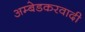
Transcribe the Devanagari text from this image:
अम्‍बेडकरवादी